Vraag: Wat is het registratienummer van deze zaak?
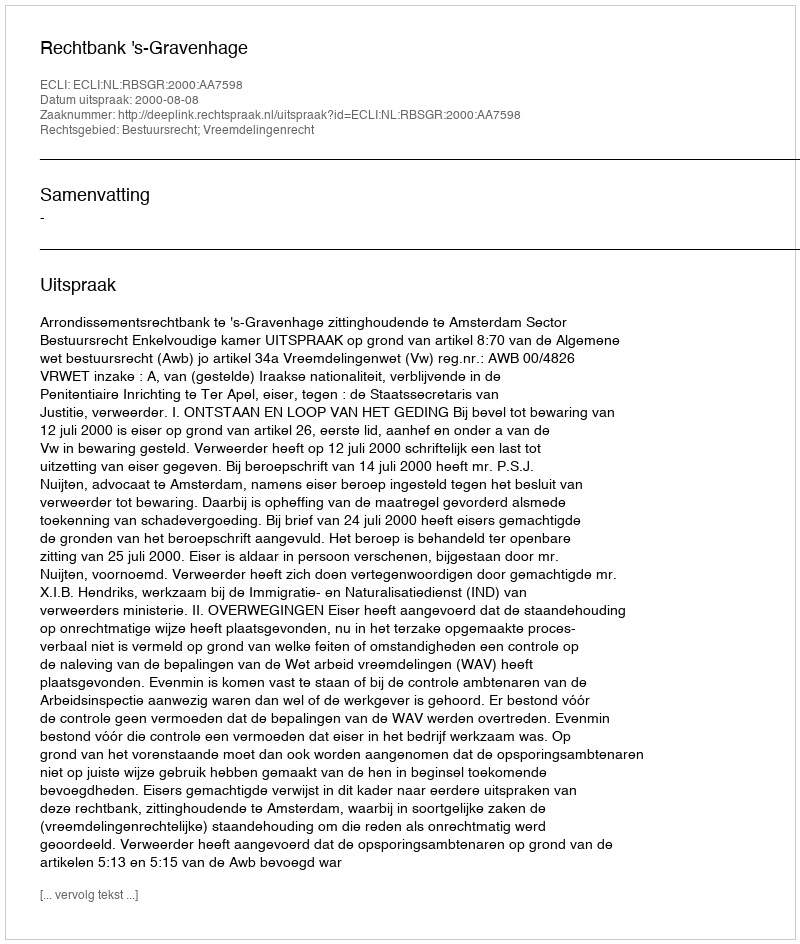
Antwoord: http://deeplink.rechtspraak.nl/uitspraak?id=ECLI:NL:RBSGR:2000:AA7598